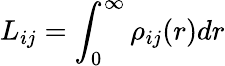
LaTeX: L_{ij}=\int_{0}^{\infty}\rho_{ij}(r)dr